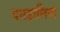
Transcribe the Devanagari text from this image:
पारडालिना